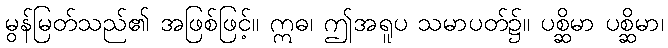
မွန်မြတ်သည်၏ အဖြစ်ဖြင့်။ ဣဓ၊ ဤအရူပ သမာပတ်၌။ ပစ္ဆိမာ ပစ္ဆိမာ၊